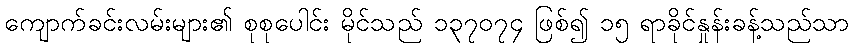
ကျောက်ခင်းလမ်းများ၏ စုစုပေါင်း မိုင်သည် ၁၃၇၀၇၄ ဖြစ်၍ ၁၅ ရာခိုင်နှုန်းခန့်သည်သာ